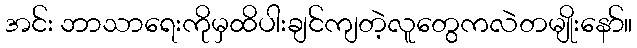
အင်း ဘာသာရေးကိုမှထိပါးချင်ကျတဲ့လူတွေကလဲတမျိုးနော်။